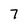
Character: 7